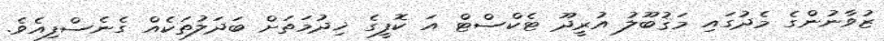
ޒުވާނުންގެ މެދުގައި މަޤުބޫލު އުރީދޫ ޓެކްސްޓް އަ ކޮފީގެ ޚިދުމަތަށް ބަދަލުތަކެއް ގެނެސްފިއެވެ.